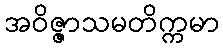
အဝိဇ္ဇာသမတိက္ကမာ